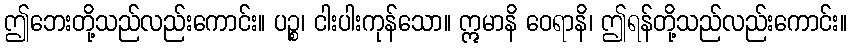
ဤဘေးတို့သည်လည်းကောင်း။ ပဉ္စ၊ ငါးပါးကုန်သော။ ဣမာနိ ဝေရာနိ၊ ဤရန်တို့သည်လည်းကောင်း။